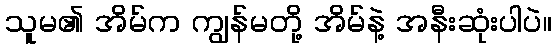
သူမ၏ အိမ်က ကျွန်မတို့ အိမ်နဲ့ အနီးဆုံးပါပဲ။